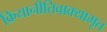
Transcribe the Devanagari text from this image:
क्रियानीतिवाक्यामृत